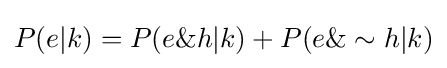
P(e|k)=P(e\&h|k)+P(e\&\sim h|k)